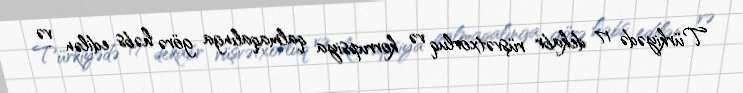
Türkiyədə 17 dekabr rüşvətxorluq və korrupsiya qalmaqalınga görə həbs edilən və